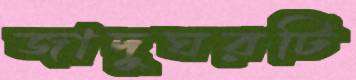
জাদুঘরটি